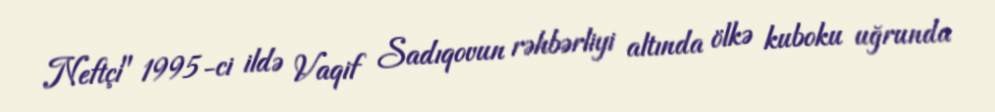
Neftçi" 1995-ci ildə Vaqif Sadıqovun rəhbərliyi altında ölkə kuboku uğrunda